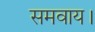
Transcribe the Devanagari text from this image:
समवाय।